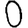
Digit: 0